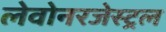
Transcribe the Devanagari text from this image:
लेवोनरजेस्ट्रल